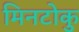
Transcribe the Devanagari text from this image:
मिनटोकु